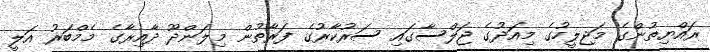
ރައްޔިތުންގެ މަޖިލީހުގެ މިއަދުގެ ޖަލްސާގައި ސަރުކާރުގެ ފަރާތުން މިލަންދޫ ދާއިރާގެ މެމްބަރު އަލީ